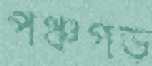
পঞ্চগড়